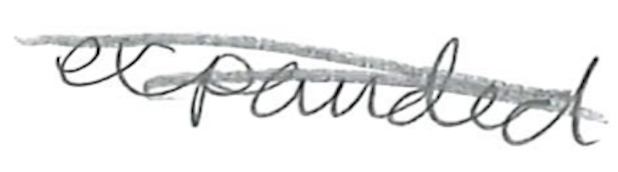
Text: years,
Cross-out: double-line
Writing tool: pencil